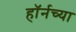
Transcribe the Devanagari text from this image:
हाॅर्नच्या